Annual report on the Civil Veterinary Department, Burma (including the Insein Veterinary School) - 1932-1941
Year: 1932
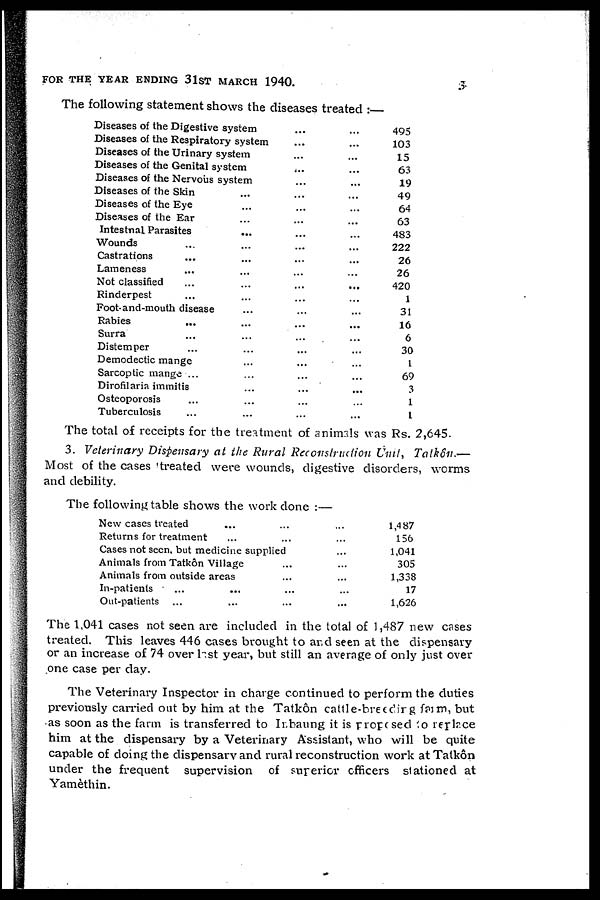
FOR THE YEAR ENDING 31ST MARCH 1940.
3
The following statement shows the diseases treated :—
Diseases of the Digestive system ... ...
Diseases of the Respiratory system ... ...
Diseases of the Urinary system ... ...
Diseases of the Genital system ... ...
Diseases of the Nervous system ... ...
Diseases of the Skin ... ... ...
Diseases of the Eye ... ... ...
Diseases of the Ear ... ... ...
Intestnal Parasites ... ... ...
Wounds ... ... ... ...
Castrations ... ... ... ...
Lameness ... ... ... ...
Not classified ... ... ... ...
Rinderpest ... ... ... ...
Foot-and-mouth disease ... ... ...
Rabies ... ... ... ...
Surra ... ... ... ...
Distemper ... ... ... ...
Demodectic mange ... ... ... ...
Sarcoptic mange ... ... ... ...
Dirofilaria immitis ... ... ... ...
Osteoporosis ... ... ... ...
Tuberculosis ... ... ... ...
495
103
15
63
19
49
64
63
483
222
26
26
420
1
31
16
6
30
1
69
3
1
1
The total of receipts for the treatment of animals was Rs. 2,645.
3. Veterinary Dispensary at the Rural Reconstruction Unit, Tatkôn.—
Most of the cases treated were wounds, digestive disorders, worms
and debility.
The following table shows the work done :—
New cases treated ... ... ...
Returns for treatment ... ... ...
Cases not seen, but medicine supplied ...
Animals from Tatkôn Village ... ...
Animals from outside areas ... ...
In-patients
... ... ... ...
Out-patients ... ... ... ...
1,4 87
156
1,041
305
1,338
17
1,626
The 1,041 cases not seen are included in the total of 1,487 new cases
treated. This leaves 446 cases brought to and seen at the dispensary
or an increase of 74 over last year, but still an average of only just over
one case per day.
The Veterinary Inspector in charge continued to perform the duties
previously carried out by him at the Tatkôn cattle-breeeding farm, but
as soon as the farm is transferred to Inbaung it is proposed to replace
him at the dispensary by a Veterinary Assistant, who will be quite
capable of doing the dispensary and rural reconstruction work at Talkôn
under the frequent supervision of superior officers stationed at
Yamèthin.